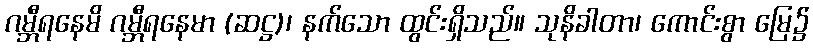
ဂမ္ဘီရနေမိ ဂမ္ဘီရနေမာ (ဆဋ္ဌ)၊ နက်သော ထွင်းရှိသည်။ သုနိခါတာ၊ ကောင်းစွာ မြေ၌